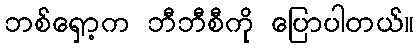
ဘစ်ရှော့က ဘီဘီစီကို ပြောပါတယ်။